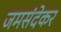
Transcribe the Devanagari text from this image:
जमसंदेकर